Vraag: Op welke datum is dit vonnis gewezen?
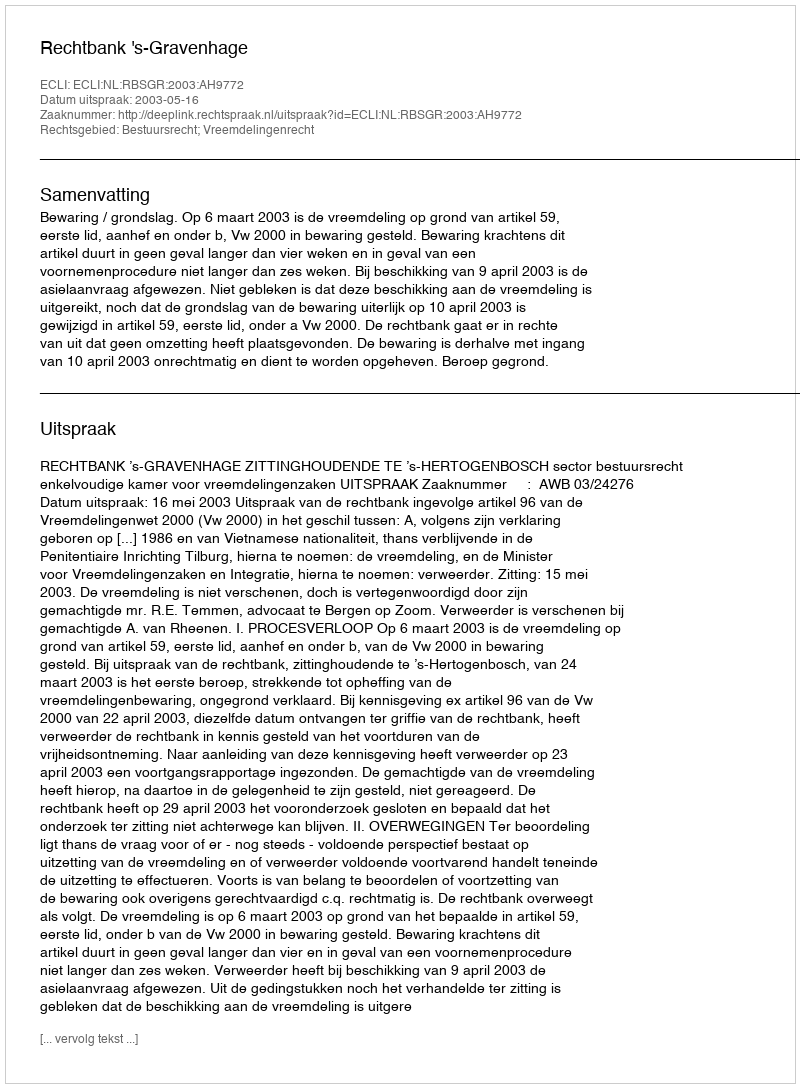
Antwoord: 2003-05-16